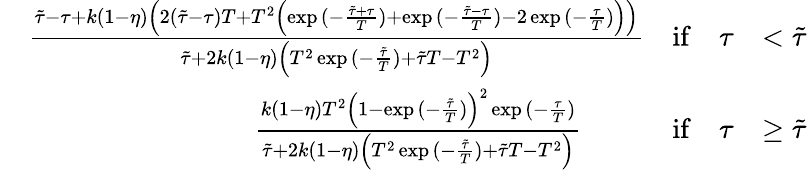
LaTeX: \begin{array}{rlrl}&{\frac{\tilde{\tau}-\tau+k(1-\eta)\left(2(\tilde{\tau}-\tau)T+T^{2}\left(\exp{(-\frac{\tilde{\tau}+\tau}{T})}+\exp{(-\frac{\tilde{\tau}-\tau}{T})}-2\exp{(-\frac{\tau}{T})}\right)\right)}{\tilde{\tau}+2k(1-\eta)\left(T^{2}\exp{(-\frac{\tilde{\tau}}{T})}+\tilde{\tau}T-T^{2}\right)}}&{\mathrm{if}\quad\tau}&{<\tilde{\tau}}\\ &{\quad\quad\quad\quad\quad\quad\quad\quad\frac{k(1-\eta)T^{2}\left(1-\exp{(-\frac{\tilde{\tau}}{T})}\right)^{2}\exp{(-\frac{\tau}{T})}}{\tilde{\tau}+2k(1-\eta)\left(T^{2}\exp{(-\frac{\tilde{\tau}}{T})}+\tilde{\tau}T-T^{2}\right)}}&{\mathrm{if}\quad\tau}&{\geq\tilde{\tau}}\end{array}